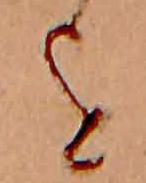
を